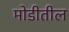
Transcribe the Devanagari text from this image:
मोडीतील